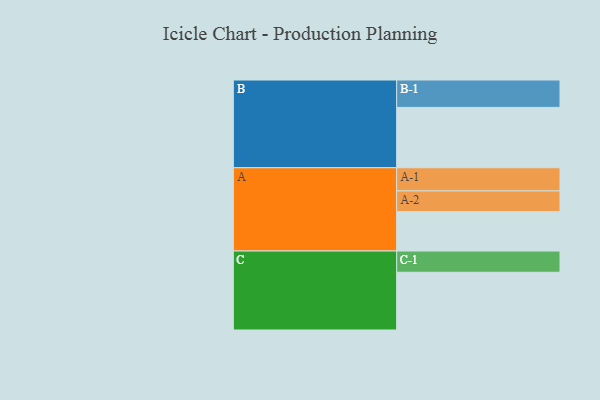
{"axis": {"x": "Segment", "y": "Value"}, "legend": ["", "A", "B", "C"], "data": [{"x": "A", "y": 319, "type": ""}, {"x": "B", "y": 489, "type": ""}, {"x": "C", "y": 468, "type": ""}, {"x": "A-1", "y": 188, "type": "A"}, {"x": "A-2", "y": 168, "type": "A"}, {"x": "B-1", "y": 222, "type": "B"}, {"x": "C-1", "y": 172, "type": "C"}]}